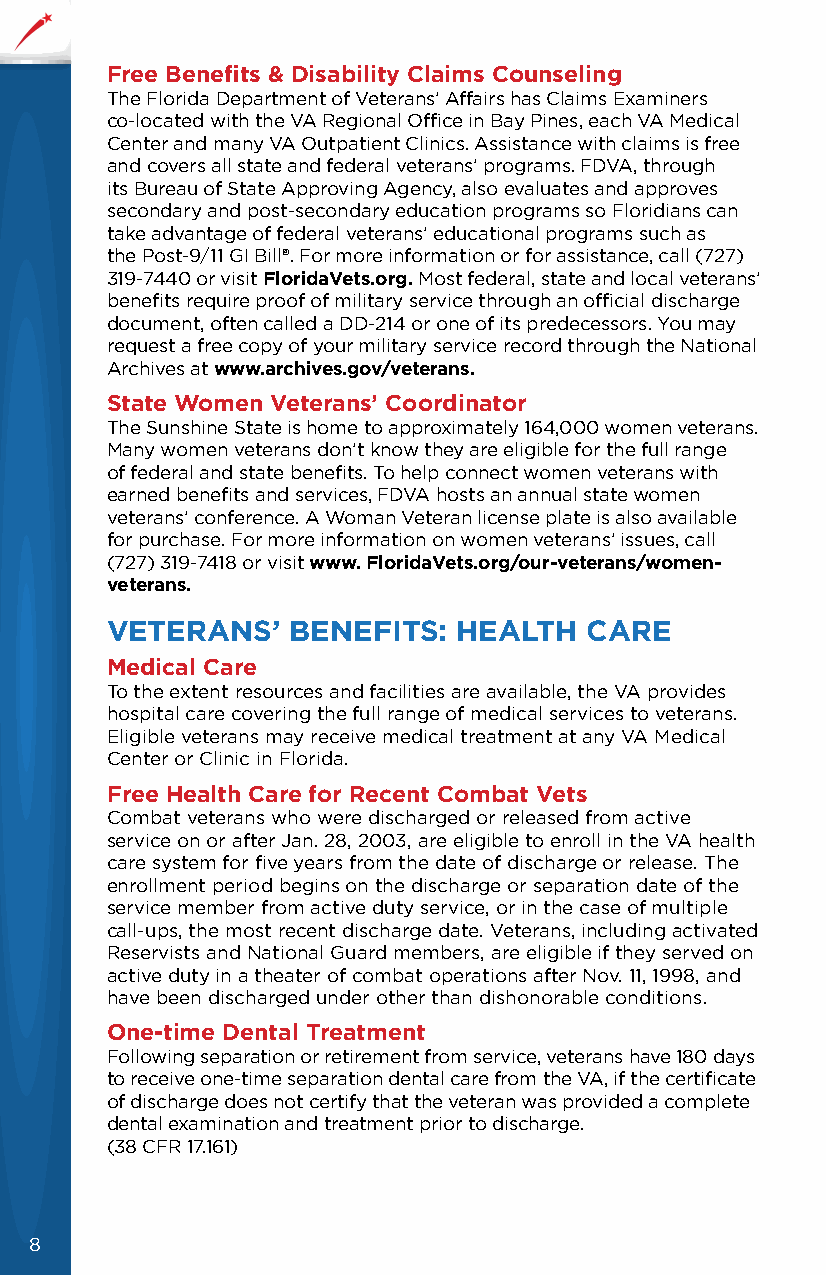
Free Benefits & Disability Claims Counseling
 The Florida Department of Veterans’ Affairs has Claims Examiners
 co-located with the VA Regional Office in Bay Pines, each VA Medical
 Center and many VA Outpatient Clinics. Assistance with claims is free
 and covers all state and federal veterans’ programs. FDVA, through
 its Bureau of State Approving Agency, also evaluates and approves
 secondary and post-secondary education programs so Floridians can
 take advantage of federal veterans’ educational programs such as
 the Post-9/11 GI Bill®. For more information or for assistance, call (727)
 319-7440 or visit FloridaVets.org. Most federal, state and local veterans’
 benefits require proof of military service through an official discharge
 document, often called a DD-214 or one of its predecessors. You may
 request a free copy of your military service record through the National
 Archives at www.archives.gov/veterans.
 State Women Veterans’ Coordinator
 The Sunshine State is home to approximately 164,000 women veterans.
 Many women veterans don’t know they are eligible for the full range
 of federal and state benefits. To help connect women veterans with
 earned benefits and services, FDVA hosts an annual state women
 veterans’ conference. A Woman Veteran license plate is also available
 for purchase. For more information on women veterans’ issues, call
 (727) 319-7418 or visit www. FloridaVets.org/our-veterans/women-
 veterans.
 VETERANS’   BENEFITS:  HEALTH   CARE
 Medical Care
 To the extent resources and facilities are available, the VA provides
 hospital care covering the full range of medical services to veterans.
 Eligible veterans may receive medical treatment at any VA Medical
 Center or Clinic in Florida.
 Free Health Care for Recent Combat Vets
 Combat veterans who were discharged or released from active
 service on or after Jan. 28, 2003, are eligible to enroll in the VA health
 care system for five years from the date of discharge or release. The
 enrollment period begins on the discharge or separation date of the
 service member from active duty service, or in the case of multiple
 call-ups, the most recent discharge date. Veterans, including activated
 Reservists and National Guard members, are eligible if they served on
 active duty in a theater of combat operations after Nov. 11, 1998, and
 have been discharged under other than dishonorable conditions.
 One-time Dental Treatment
 Following separation or retirement from service, veterans have 180 days
 to receive one-time separation dental care from the VA, if the certificate
 of discharge does not certify that the veteran was provided a complete
 dental examination and treatment prior to discharge.
 (38 CFR 17.161)
 8